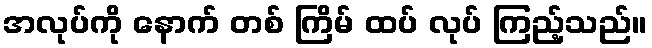
အလုပ်ကို နောက် တစ် ကြိမ် ထပ် လုပ် ကြည့်သည်။